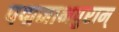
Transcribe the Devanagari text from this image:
पद्मनाभपुराम्